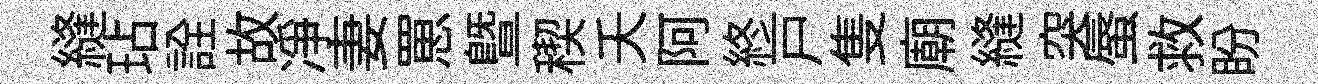
縫玷詮故凈妻罳曁稧夭阿終戸隻廟縫突蜃救盼